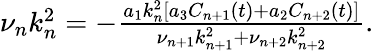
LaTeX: \begin{array}{r}{\nu_{n}k_{n}^{2}=-\frac{a_{1}k_{n}^{2}[a_{3}C_{n+1}(t)+a_{2}C_{n+2}(t)]}{\nu_{n+1}k_{n+1}^{2}+\nu_{n+2}k_{n+2}^{2}}.}\end{array}